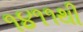
૧૪૧૧થી